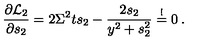
\frac { \partial { \cal L } _ { 2 } } { \partial s _ { 2 } } = 2 \Sigma ^ { 2 } t s _ { 2 } - \frac { 2 s _ { 2 } } { y ^ { 2 } + s _ { 2 } ^ { 2 } } \stackrel { ! } { = } 0 \: .